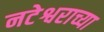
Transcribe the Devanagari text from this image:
नटेश्वराच्या